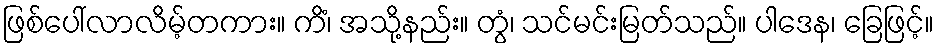
ဖြစ်ပေါ်လာလိမ့်တကား။ ကိံ၊ အသို့နည်း။ တွံ၊ သင်မင်းမြတ်သည်။ ပါဒေန၊ ခြေဖြင့်။